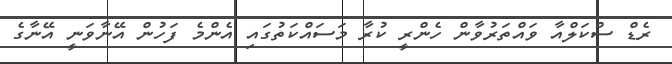
ރެޑް ސްކަލްއާ ވައްތަރުވާން ހެންރީ ކުރާ މަސައްކަތުގައި އެންމެ ފަހުން އޭނާވަނީ އޭނާގެ